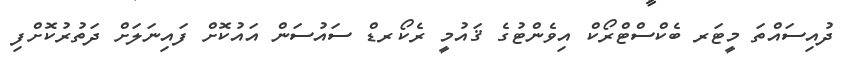
ދުއިސައްތަ މީޓަރ ބެކްސްޓްރޯކް އިވެންޓުގެ ޤައުމީ ރެކޯރޑް ސައުސަން އައުކޮށް ފައިނަލަށް ދަތުރުކޮށްފި